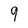
Character: 9